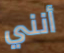
أنني